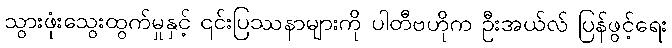
သွားဖုံးသွေးထွက်မှုနှင့် ၎င်းပြဿနာများကို ပါတီဗဟိုက ဦးအယ်လ် ပြန်ဖွင့်ရေး